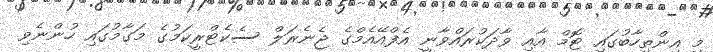
މި އިންތިހާބުގައި ޓޮމް އާއި ވާދަކުރައްވާނީ އެފްއޭއެމްގެ ޖެނެރަލް ސެކެޓްރީކަމުގެ މަގާމުގައި ހުންނެވި